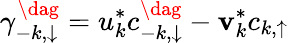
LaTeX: \gamma_{-k,\downarrow}^{\dag}=u_{k}^{*}c_{-k,\downarrow}^{\dag}-\mathbf{v}_{k}^{*}c_{k,\uparrow}